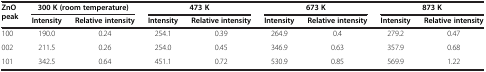
<table><thead><tr><td rowspan="2"><b>ZnO peak</b></td><td colspan="2"><b>300 K (room temperature)</b></td><td colspan="2"><b>473 K</b></td><td colspan="2"><b>673 K</b></td><td colspan="2"><b>873 K</b></td></tr><tr><td><b>Intensity</b></td><td><b>Relative intensity</b></td><td><b>Intensity</b></td><td><b>Relative intensity</b></td><td><b>Intensity</b></td><td><b>Relative intensity</b></td><td><b>Intensity</b></td><td><b>Relative intensity</b></td></tr></thead><tbody><tr><td>100</td><td>190.0</td><td>0.24</td><td>254.1</td><td>0.39</td><td>264.9</td><td>0.4</td><td>279.2</td><td>0.47</td></tr><tr><td>002</td><td>211.5</td><td>0.26</td><td>254.0</td><td>0.45</td><td>346.9</td><td>0.63</td><td>357.9</td><td>0.68</td></tr><tr><td>101</td><td>342.5</td><td>0.64</td><td>451.1</td><td>0.72</td><td>530.9</td><td>0.85</td><td>569.9</td><td>1.22</td></tr></tbody></table>